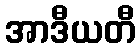
အာဒီယတီ